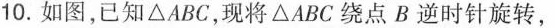
10.如图，已知△ABC，现将△ABC绕点B逆时针旋转，